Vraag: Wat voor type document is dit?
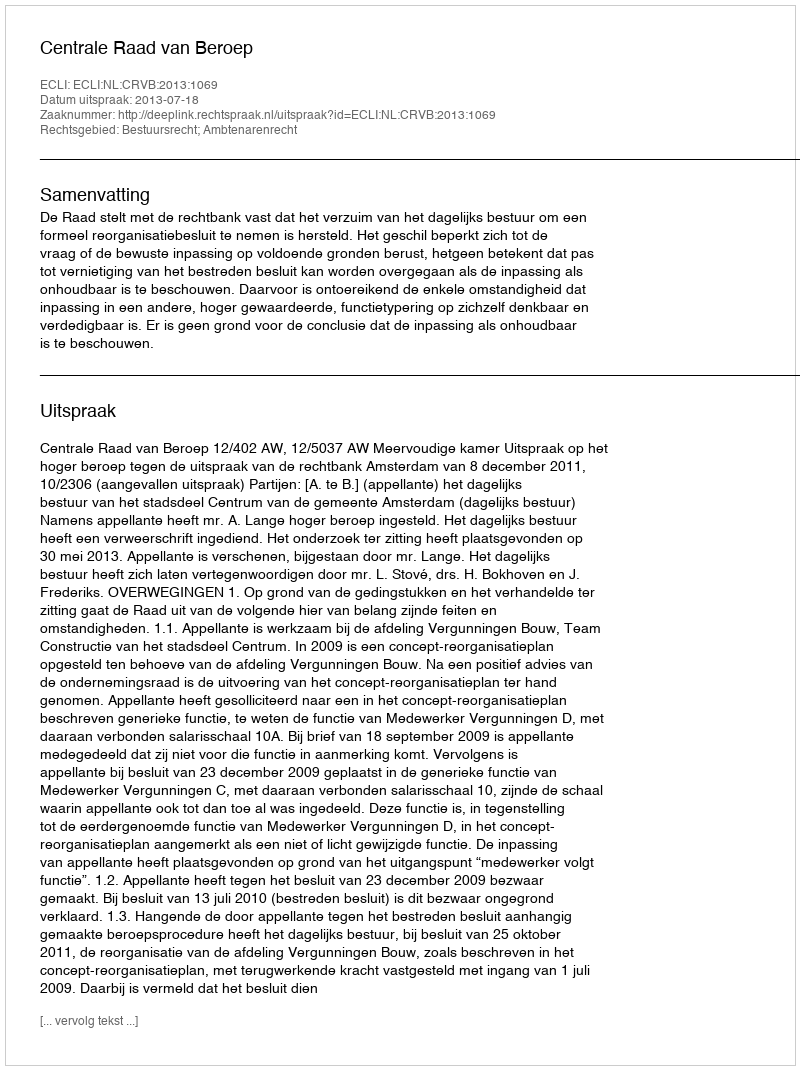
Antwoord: Uitspraak